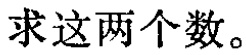
求这两个数。